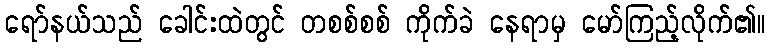
ရော်နယ်သည် ခေါင်းထဲတွင် တစစ်စစ် ကိုက်ခဲ နေရာမှ မော်ကြည့်လိုက်၏။